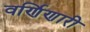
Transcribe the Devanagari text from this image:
वर्णिणारी